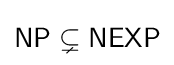
{\mathsf {NP}}\subsetneq {\mathsf {NEXP}}